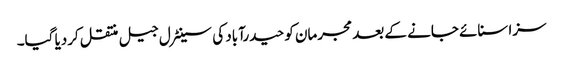
سزا سنائے جانے کے بعد مجرمان کو حیدرآباد کی سینٹرل جیل منتقل کردیا گیا۔